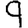
Digit: 9